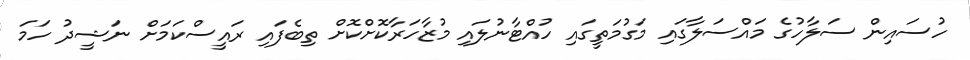
ހުސައިން ސަލާހުގެ މައްސަލާގައި މަގުމަތީގައި ހުއްޓާނުލައި މުޒާހަރާކޮށްކޮށް ތިބެފައި ރައީސްކަމަށް ނަޝީދު ހަމަ